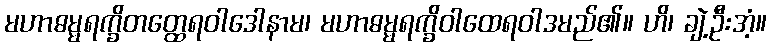
မဟာဓမ္မရက္ခိတတ္ထေရဝါဒေါနာမ၊ မဟာဓမ္မရက္ခိဝါထေရဝါဒမည်၏။ ဟိ၊ ချဲ့ဦးအံ့။